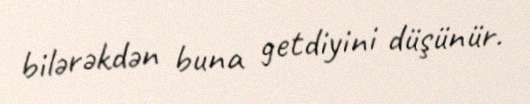
bilərəkdən buna getdiyini düşünür.